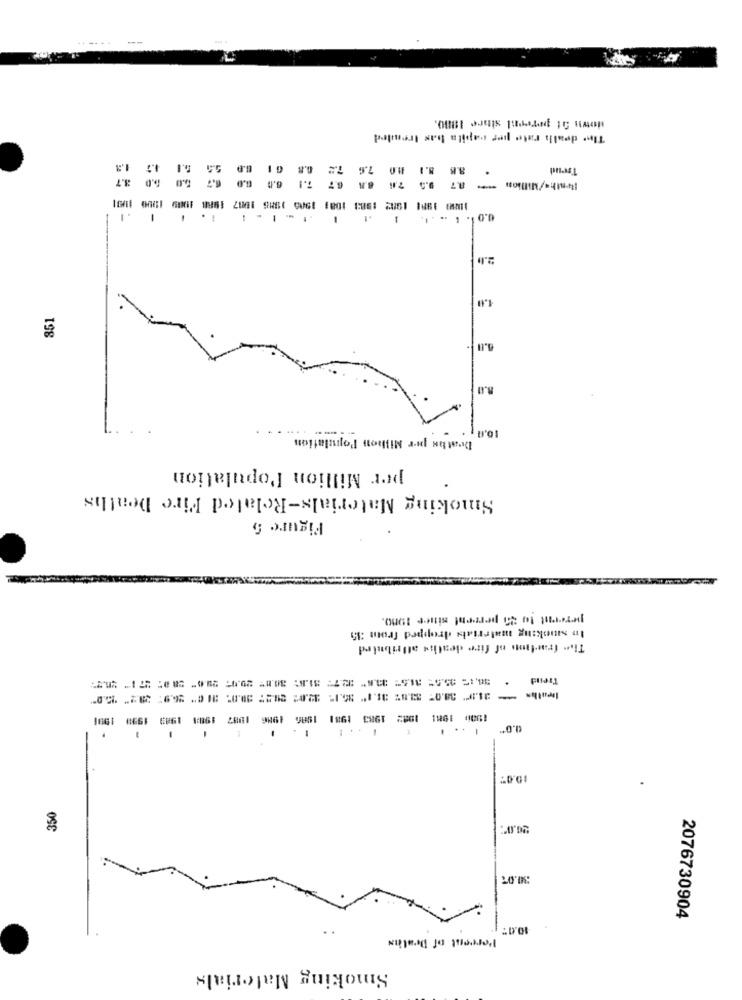
down at pereesl since 1800.
The death rate per capita bas Irended
Trend
Nath-/Million =" 2.7 9.5 76 83 6.7 7.1 6.0 6.0 6.7 5.0 1.0 3.7
108 1981 1902 :583 1081 1906 1185 10017 1988 1009 1900 1001
2.0
351
8.0
.. ...... .....
10.1 1
Deathe per Million Population
per Million Population
Smoking Materials-Related Fire Deaths
Figure 5
percent to 25 percent since 1900.
Io smoking materials dropped from :35
The fractin of fire deaths affribird
Trend
D 1981 1082 1983 1981 1986 1986 1987 1984 1983 1599 1991
. ..
-
-
350
30.07
10.0:
2076730904
Percent of Deaths
Smoking Materials